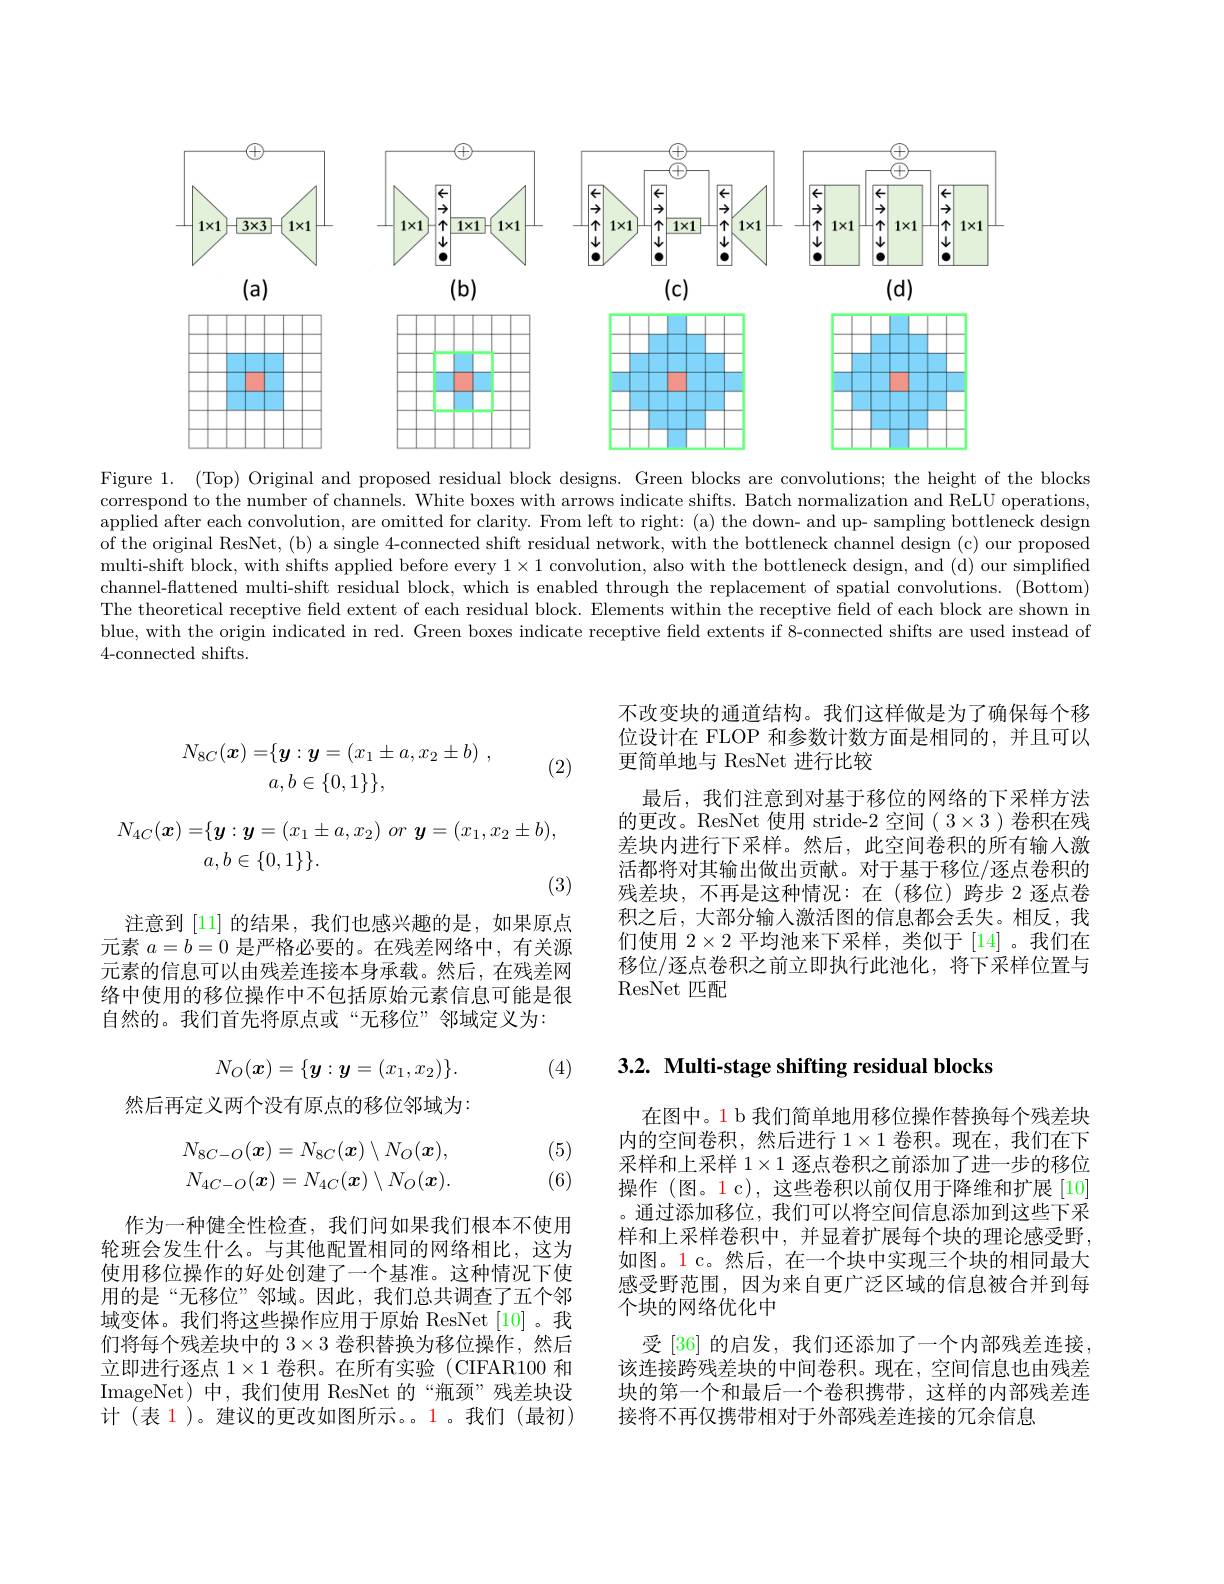
<FigureHere>

Figure 1. (Top) Original and proposed residual block designs. Green blocks are convolutions; the height of the blocks correspond to the number of channels. White boxes with arrows indicate shifts. Batch normalization and ReLU operations, applied after each convolution, are omitted for clarity. From left to right: (a) the down- and up- sampling bottleneck design of the original ResNet, (b) a single 4-connected shift residual network, with the bottleneck channel design (c) our proposed multi-shift block, with shifts applied before every $1\times1$ convolution, also with the bottleneck design, and (d) our simplified channel-flattened multi-shift residual block, which is enabled through the replacement of spatial convolutions. (Bottom) The theoretical receptive field extent of each residual block. Elements within the receptive field of each block are shown in blue, with the origin indicated in red. Green boxes indicate receptive field extents if 8-connected shifts are used instead of 4-connected shifts.
$$\begin{aligned}N_{8C}(\boldsymbol{x})=&\{\boldsymbol{y}:\boldsymbol{y}=(x_1\pm a,x_2\pm b)\:,\\&a,b\in\{0,1\}\},\end{aligned}$$
(2)

(3)

不改变块的通道结构。我们这样做是为了确保每个移位设计在 FLOP 和参数计数方面是相同的，并且可以更简单地与 ResNet 进行比较
最后，我们注意到对基于移位的网络的下采样方法的更改。ResNet 使用 stride-2 空间( 3×3 ) 卷积在残差块内进行下采样。然后，此空间卷积的所有输入激活都将对其输出做出贡献。对于基于移位/逐点卷积的残差块，不再是这种情况：在(移位)跨步 2 逐点卷积之后，大部分输入激活图的信息都会丢失。相反，我们使用$2\times2$平均池来下采样，类似于[14]。我们在移位/逐点卷积之前立即执行此池化，将下采样位置与ResNet匹配

注意到[1]的结果，我们也感兴趣的是，如果原点元素$a=b=0$是严格必要的。在残差网络中，有关源元素的信息可以由残差连接本身承载。然后，在残差网络中使用的移位操作中不包括原始元素信息可能是很自然的。我们首先将原点或“无移位”邻域定义为：

## $3. 2. \textbf{ Multi- stage shifting residual blocks}$
$$N_O(\boldsymbol{x})=\{\boldsymbol{y}:\boldsymbol{y}=(x_1,x_2)\}.$$
(4)

然后再定义两个没有原点的移位邻域为：
$$N_{8C-O}(\boldsymbol{x})=N_{8C}(\boldsymbol{x})\setminus N_{O}(\boldsymbol{x}),\\N_{4C-O}(\boldsymbol{x})=N_{4C}(\boldsymbol{x})\setminus N_{O}(\boldsymbol{x}).$$
(5) (6)

在图中。1 b 我们简单地用移位操作替换每个残差块内的空间卷积，然后进行 1$\times1$卷积。现在，我们在下采样和上采样$1\times1$逐点卷积之前添加了进一步的移位操作 (图。1 c), 这些卷积以前仅用于降维和扩展 [10] 。通过添加移位，我们可以将空间信息添加到这些下采样和上采样卷积中，并显着扩展每个块的理论感受野， 如图。1 c。然后，在一个块中实现三个块的相同最大感受野范围，因为来自更广泛区域的信息被合并到每个块的网络优化中
受 [36] 的启发，我们还添加了一个内部残差连接， 该连接跨残差块的中间卷积。现在，空间信息也由残差块的第一个和最后一个卷积携带，这样的内部残差连接将不再仅携带相对于外部残差连接的冗余信息

作为一种健全性检查，我们问如果我们根本不使用轮班会发生什么。与其他配置相同的网络相比，这为使用移位操作的好处创建了一个基准。这种情况下使用的是“无移位”邻域。因此，我们总共调查了五个邻域变体。我们将这些操作应用于原始 ResNet[10]。我们将每个残差块中的$3\times3$卷积替换为移位操作，然后立即进行逐点$1\times1$卷积。在所有实验(CIFAR100 和ImageNet)中，我们使用 ResNet 的“瓶颈”残差块设计(表 1)。建议的更改如图所示。。1。我们(最初)